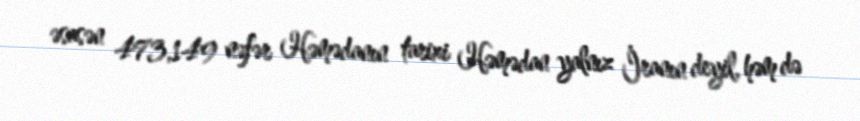
əsasən 473,149 nəfər Həmədanın tarixi Həmədan yalnız İranın deyil, həm də